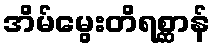
အိမ်မွေးတိရစ္ဆာန်